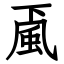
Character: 颪